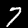
Digit: 7